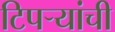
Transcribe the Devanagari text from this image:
टिपऱ्यांची